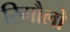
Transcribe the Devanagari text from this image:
रिगौलो